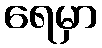
ရေမှာ